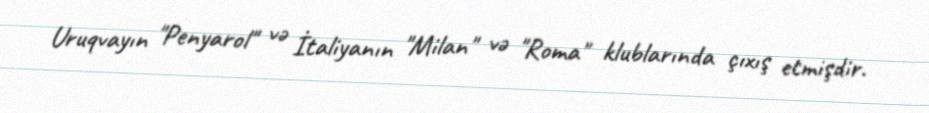
Uruqvayın "Penyarol" və İtaliyanın "Milan" və "Roma" klublarında çıxış etmişdir.